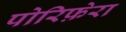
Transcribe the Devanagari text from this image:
पोरिफ़ेरा